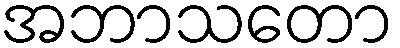
အဘာသတော